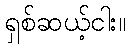
ရှစ်ဆယ့်ငါး။